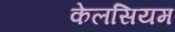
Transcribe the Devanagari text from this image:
केलसियम